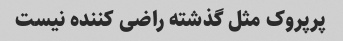
پرپروک مثل گذشته راضی کننده نیست